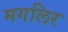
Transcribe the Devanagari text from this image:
मगलिर